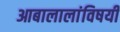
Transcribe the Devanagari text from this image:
आबालालांविषयी